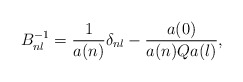
\begin{align*}B^{-1}_{nl}=\frac{1}{a(n)}\delta_{nl}-\frac{a(0)}{a(n)Qa(l)},\end{align*}